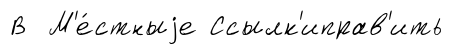
В М'е́стныjе Ссылк'иправ'ить